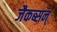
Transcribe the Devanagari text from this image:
जैकब्सन्